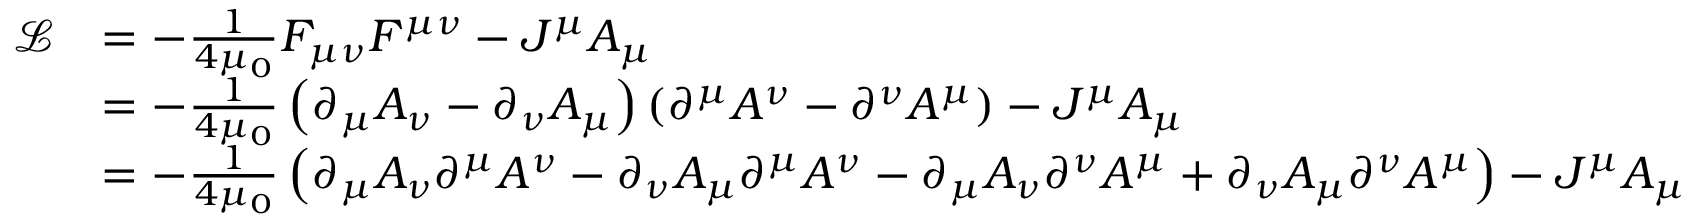
{ \begin{array} { r l } { { \mathcal { L } } } & { = - { \frac { 1 } { 4 \mu _ { 0 } } } F _ { \mu \nu } F ^ { \mu \nu } - J ^ { \mu } A _ { \mu } } \\ & { = - { \frac { 1 } { 4 \mu _ { 0 } } } \left( \partial _ { \mu } A _ { \nu } - \partial _ { \nu } A _ { \mu } \right) \left( \partial ^ { \mu } A ^ { \nu } - \partial ^ { \nu } A ^ { \mu } \right) - J ^ { \mu } A _ { \mu } } \\ & { = - { \frac { 1 } { 4 \mu _ { 0 } } } \left( \partial _ { \mu } A _ { \nu } \partial ^ { \mu } A ^ { \nu } - \partial _ { \nu } A _ { \mu } \partial ^ { \mu } A ^ { \nu } - \partial _ { \mu } A _ { \nu } \partial ^ { \nu } A ^ { \mu } + \partial _ { \nu } A _ { \mu } \partial ^ { \nu } A ^ { \mu } \right) - J ^ { \mu } A _ { \mu } } \end{array} }